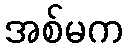
အစ်မက